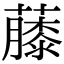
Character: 𧀬